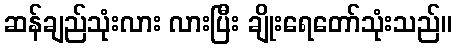
ဆန်ချည်သုံးလား လားပြီး ချိုးရေတော်သုံးသည်။